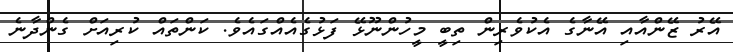
އޭރު ޒޭންއާއި އޭނާގެ އެކުވެރިން ތިބީ މީހުންނޫޅޭ ފަޅުގެއެއްގައެވެ. ކަންތައް ކުރިއަށް ގެންދާނެ